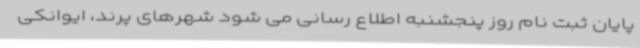
پایان ثبت نام روز پنجشنبه اطلاع رسانی می شود شهرهای پرند، ایوانکی